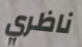
ناظري